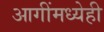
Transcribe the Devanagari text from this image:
आगींमध्येही